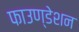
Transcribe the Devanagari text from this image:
फाउण्‍डेशन